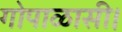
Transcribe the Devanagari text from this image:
गोपाळासी।